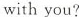
with you?